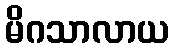
မိဂသာလာယ